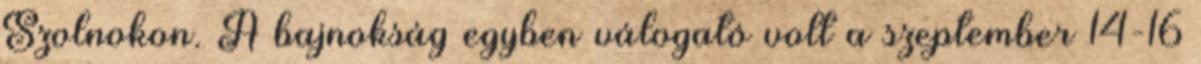
Szolnokon. A bajnokság egyben válogató volt a szeptember 14-16